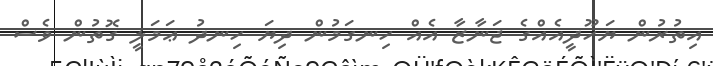
އިތުރުން ޔަހޫދީއެއްގެ ޖަނާޒާ އެއް ހިނގަމުން ދިޔަ ހިނދު ޢަމަލީ ގޮތުން ވެސް